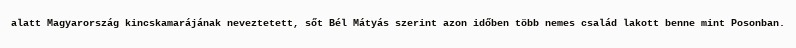
alatt Magyarország kincskamarájának neveztetett, sőt Bél Mátyás szerint azon időben több nemes család lakott benne mint Posonban.